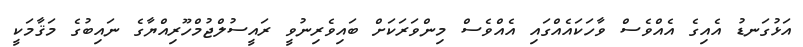
އަޅުގަނޑު އެއިގެ އެއްވެސް ވާހަކައެއްގައި އެއްވެސް މިންވަރަކަށް ބައިވެރިނުވީ ރައީސުލްޖުމްހޫރިއްޔާގެ ނައިބުގެ މަޤާމަކީ